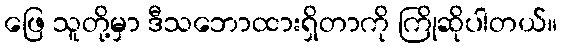
ဖြေ သူတို့မှာ ဒီသဘောထားရှိတာကို ကြိုဆိုပါတယ်။